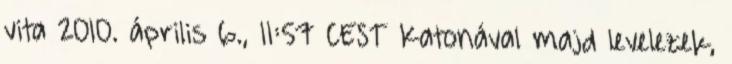
vita 2010. április 6., 11:57 CEST Katonával majd levelezek,